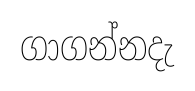
ගාගන්නදැ